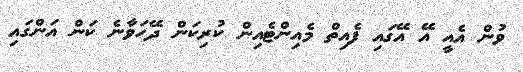
ވުން އެއީ އޭ އޭގައި ފެއިތް މެއިންޓެއިން ކުރިކަން ދޭހަވާނެ ކަން އަންގައި